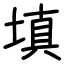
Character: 填